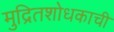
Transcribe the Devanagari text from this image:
मुद्रितशोधकाची